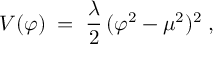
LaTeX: V ( \varphi ) \; = \; \frac { \lambda } { 2 } \, ( \varphi ^ { 2 } - \mu ^ { 2 } ) ^ { 2 } \; ,